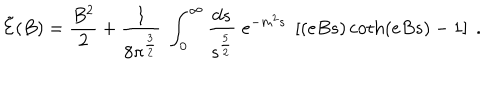
{ \tilde { \cal { E } } } ( B ) = \frac { B ^ { 2 } } { 2 } + \frac { 1 } { 8 \pi ^ { \frac { 3 } { 2 } } } \; \int _ { 0 } ^ { \infty } \frac { d s } { s ^ { \frac { 5 } { 2 } } } \; e ^ { - m ^ { 2 } s } \; \left[ ( e B s ) \coth ( e B s ) - 1 \right] \; .